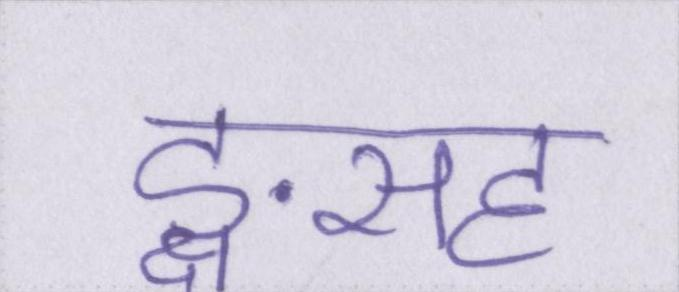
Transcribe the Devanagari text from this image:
ङ्क्षसह